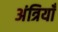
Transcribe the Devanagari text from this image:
अंत्रियाँ